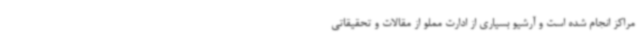
مراکز انجام شده است و آرشیو بسیاری از ادارت مملو از مقالات و تحقیقاتی